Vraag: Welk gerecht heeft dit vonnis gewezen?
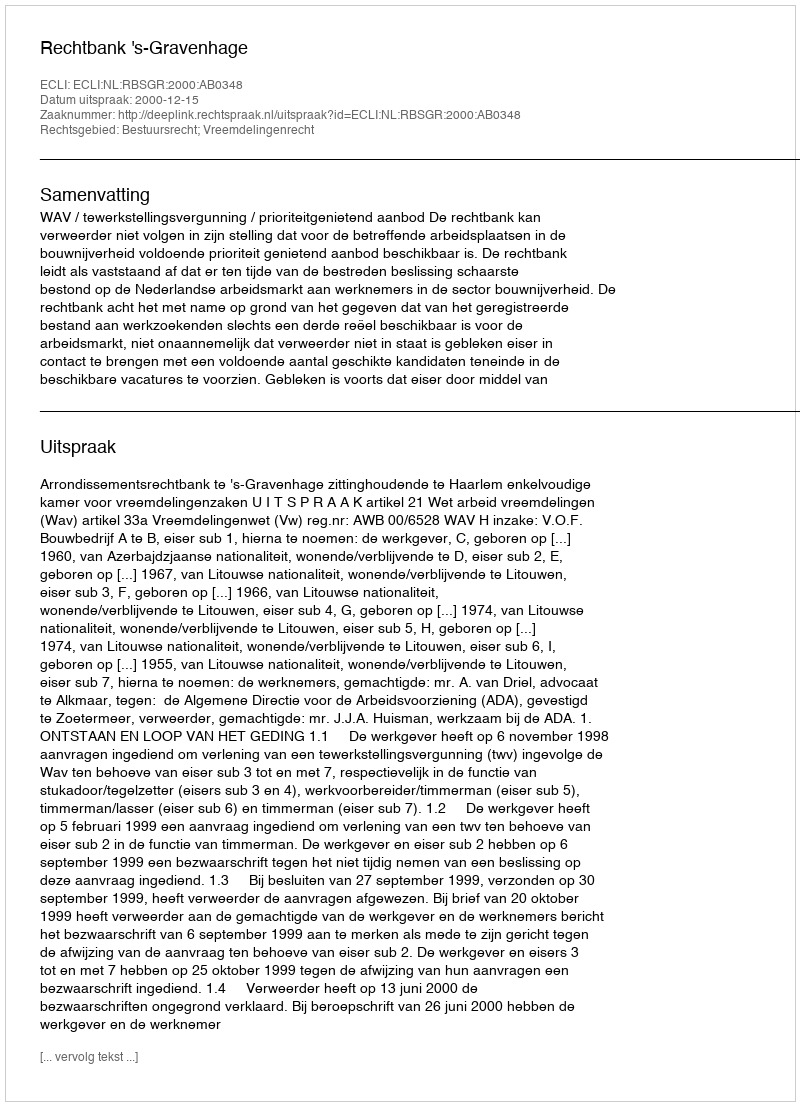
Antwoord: Rechtbank 's-Gravenhage